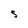
Character: S